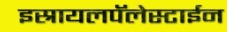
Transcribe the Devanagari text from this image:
इस्रायलपॅलेस्टाईन